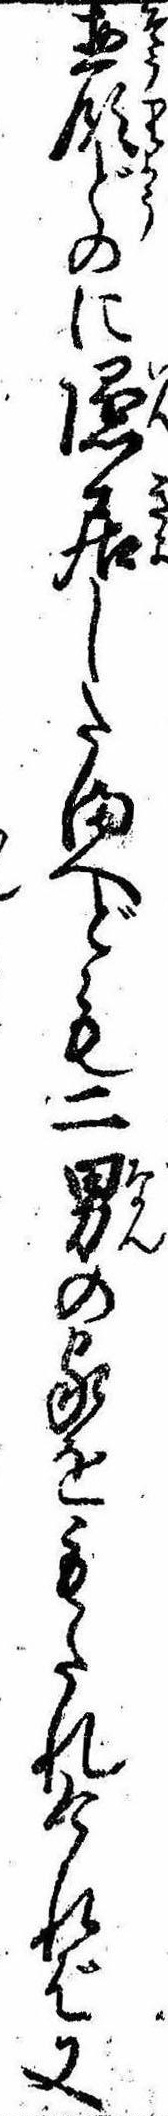
惣領どのに隠居したまへども二男の家をもたれければ又